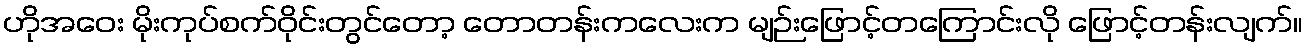
ဟိုအဝေး မိုးကုပ်စက်ဝိုင်းတွင်တော့ တောတန်းကလေးက မျဉ်းဖြောင့်တကြောင်းလို ဖြောင့်တန်းလျက်။